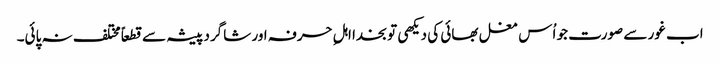
اب غور سے صورت جو اُس مغل بھائی کی دیکھی تو بخدا اہلِ حرفہ اور شاگرد پیشہ سے قطعاً مختلف نہ پائی۔